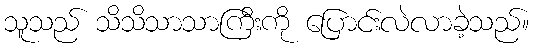
သူသည် သိသိသာသာကြီးကို ပြောင်းလဲလာခဲ့သည်။